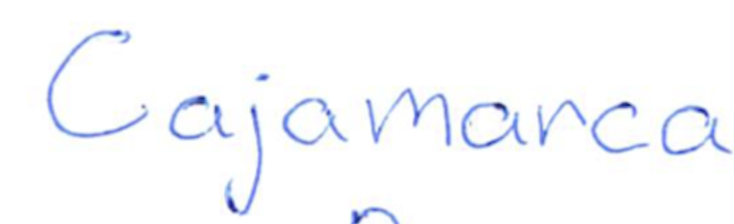
Text: Cajamarca
Cross-out: clean
Writing tool: ballpoint